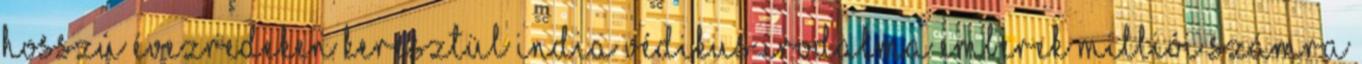
Hosszú évezredeken keresztül India védikus irodalma emberek milliói számra